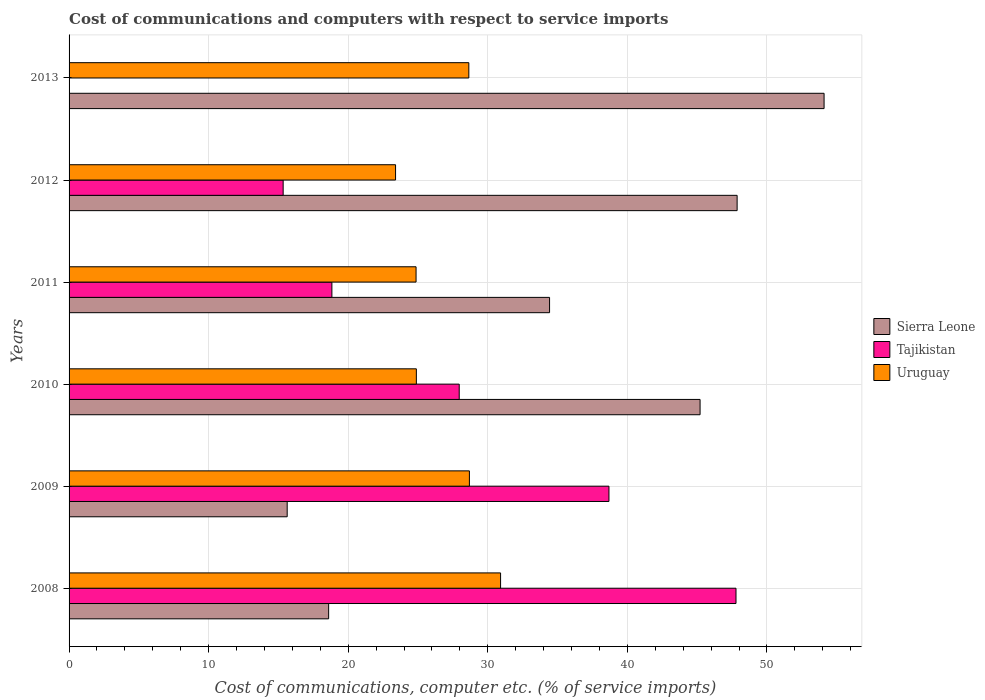
| Years | Sierra Leone | Tajikistan | Uruguay |
 | --- | --- | --- | --- |
 | 2008 | 18.6 | 47.8 | 30.9 |
 | 2009 | 15.6 | 38.7 | 28.7 |
 | 2010 | 45.2 | 28 | 24.9 |
 | 2011 | 34.4 | 18.8 | 24.9 |
 | 2012 | 47.9 | 15.3 | 23.4 |
 | 2013 | 54.1 | -7.64 | 28.6 |